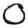
Digit: 0